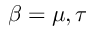
\beta = \mu , \tau